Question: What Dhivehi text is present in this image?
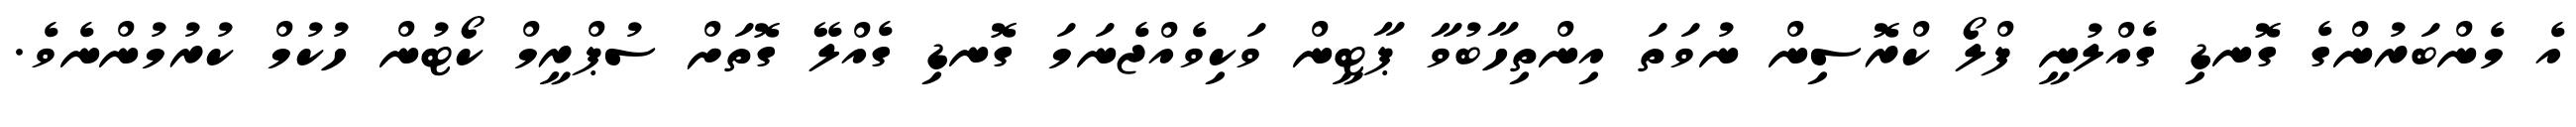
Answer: އެ މެންބަރުންގެ ގޮނޑި ގެއްލުނީ ފްލޯ ކްރޮސިން ނުވަތަ އިންތިހާބުވާ ޕާޓީން ވަކިވެއްޖެނަމަ ގޮނޑި ގެއްލޭ ގޮތަށް ސުޕްރީމް ކޯޓުން ހުކުމް ކުރުމުންނެވެ.